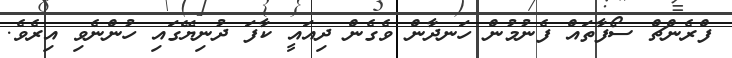
ފްރެންޗް ސޯފާތައް ފެނުމުން ހަނދާން ވެގެން ދިއައީ ކާފަ ދުނިޔޭގައި ހުންނެވި އިރެވެ.